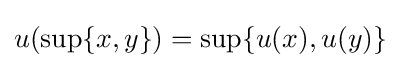
u(\sup\{x,y\})=\sup\{u(x),u(y)\}